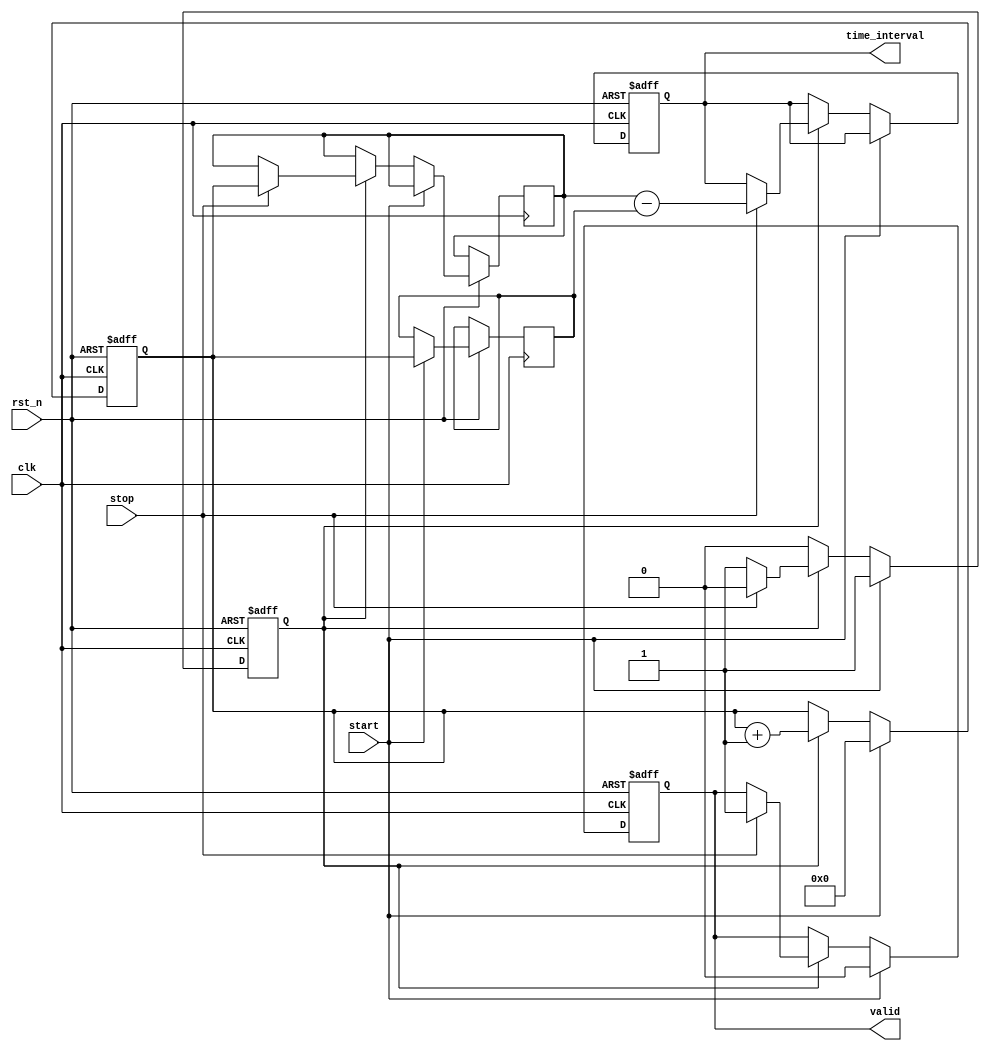
module SingleShotTDC (
    input wire clk,          // High-frequency clock
    input wire rst_n,        // Active low reset
    input wire start,        // Start signal
    input wire stop,         // Stop signal
    output reg [31:0] time_interval, // Time interval output
    output reg valid         // Output valid signal
);

    // Memory array to store timestamps
    reg [31:0] memory [0:1]; // 2 entries: memory[0] for start, memory[1] for stop
    reg [31:0] counter;       // Counter for clock cycles
    reg capturing;            // State to indicate if we are capturing timestamps

    // Initialize the counter and capturing state
    always @(posedge clk or negedge rst_n) begin
        if (!rst_n) begin
            counter <= 32'b0;
            capturing <= 1'b0;
            valid <= 1'b0;
            time_interval <= 32'b0;
        end else begin
            if (start) begin
                // On start signal, reset counter and capture start time
                counter <= 32'b0;
                memory[0] <= counter; // Store start time
                capturing <= 1'b1;     // Start capturing
                valid <= 1'b0;         // Invalidate output until stop
            end else if (capturing) begin
                // Increment counter on every clock cycle
                counter <= counter + 1;

                if (stop) begin
                    // On stop signal, capture stop time
                    memory[1] <= counter; // Store stop time
                    capturing <= 1'b0;     // Stop capturing
                    // Calculate time interval
                    time_interval <= memory[1] - memory[0];
                    valid <= 1'b1;         // Indicate valid output
                end
            end
        end
    end

endmodule